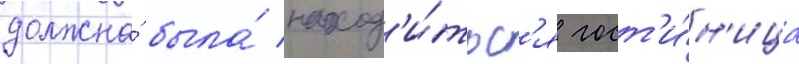
должна́ была́ наход'и́тьс'я гост'и́н'ица